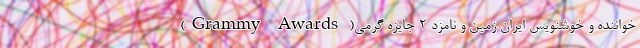
خواننده و خوشنویس ایران زمین و نامزد ۲ جایزه گِرمی( Grammy Awards)